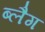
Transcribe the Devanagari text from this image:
ब्लैग